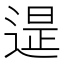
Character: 𨕒